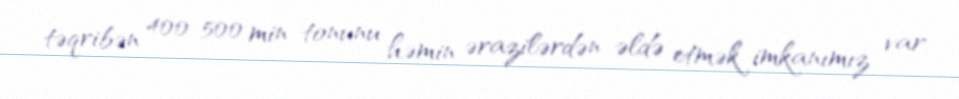
təqribən 400-500 min tonunu həmin ərazilərdən əldə etmək imkanımız var.